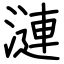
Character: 漣